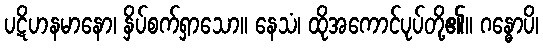
ပဋိဟနမာနော၊ နှိပ်စက်ရှာသော။ နေသံ၊ ထိုအကောင်ပုပ်တို့၏။ ဂန္ဓောပိ၊